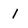
Character: 1